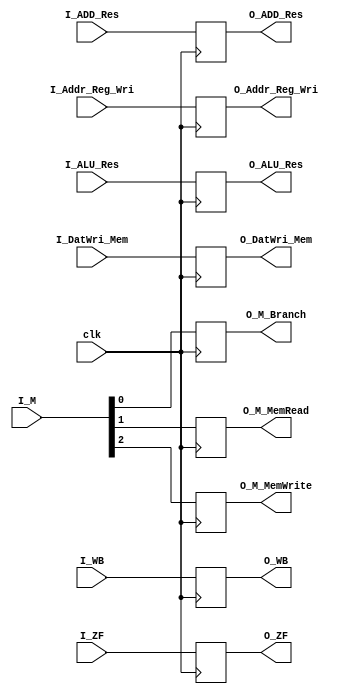
//BUFFER 3: EX/MEM
module EXMEM(
input clk,
input [1:0]I_WB,
input [2:0]I_M,
input [31:0]I_ADD_Res,
input I_ZF,
input [31:0]I_ALU_Res,
input [31:0]I_DatWri_Mem,
input [4:0]I_Addr_Reg_Wri,
output reg [1:0]O_WB,
output reg O_M_Branch,
output reg O_M_MemRead,
output reg O_M_MemWrite,
output reg [31:0]O_ADD_Res,
output reg O_ZF,
output reg [31:0]O_ALU_Res,
output reg [31:0]O_DatWri_Mem,
output reg [4:0]O_Addr_Reg_Wri);

always @(posedge clk)
begin
	O_WB=I_WB;
	O_M_Branch=I_M[0];
	O_M_MemRead=I_M[1];
	O_M_MemWrite=I_M[2];
	O_ADD_Res=I_ADD_Res;
	O_ZF=I_ZF;
	O_ALU_Res=I_ALU_Res;
	O_DatWri_Mem=I_DatWri_Mem;
	O_Addr_Reg_Wri=I_Addr_Reg_Wri;
end

endmodule